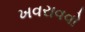
ખવરાવવો